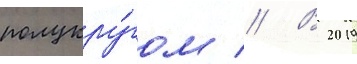
полукру́гом // В 2019